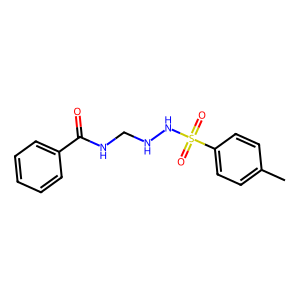
SMILES: Cc1ccc(S(=O)(=O)NNCNC(=O)c2ccccc2)cc1
Inhibits HIV replication: No